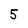
Character: 5